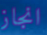
انجاز